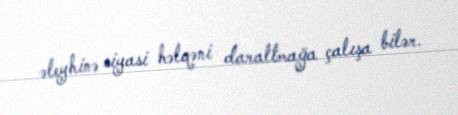
əleyhinə siyasi həlqəni daraltmağa çalışa bilər.